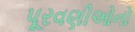
પૂરવણીઓનો